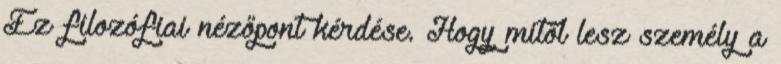
Ez filozófiai nézőpont kérdése. Hogy mitől lesz személy a